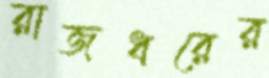
রাজধরের